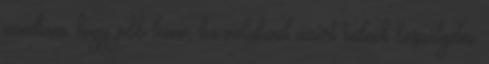
mondtam, hogy jobb lenne, ha valakivel azért tudnék beszélgetni.